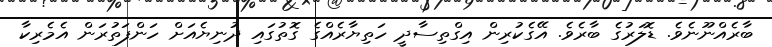
ބާރެއްނޫނެވެ. ޑޮލަރުގެ ބާރެވެ. އޭގެކުރިން އިގްތިސާދީ ހަތިޔާރެއްގެ ގޮތުގައި ދުނިޔެއަށް ހަންފަތުރަން އެމެރިކާ